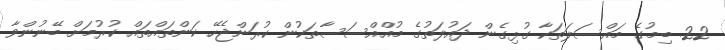
22. ބިމުގެ މައްސަލަތަކާ ގުޅިގެން ދައުލަތުގެ މުއްއްސަސާތަކުން ކުރަންޖެހޭ ކަންތައްތައް ކުރުމަށް ބޭނުންވާ